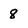
Character: 8